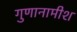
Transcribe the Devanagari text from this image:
गुणानामीश